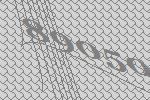
89050